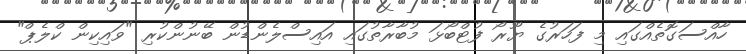
ހާއްސަގޮތެއްގައި މި ފަހަރުގެ ޔޫރޯ ފުޓްބޯޅަ މުބާރާތުގައި އައިސްލެންޑުން ބޭނުންކުރި "ވައިކިން ކްލެޕް"